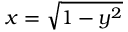
x = { \sqrt { 1 - y ^ { 2 } } }